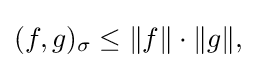
\displaystyle {(f,g)_{\sigma }\leq \|f\|\cdot \|g\|,}